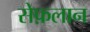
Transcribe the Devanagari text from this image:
सेफ़लान